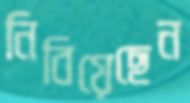
নিবিয়েছেন